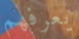
يعرفهم